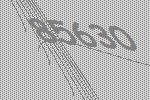
85630